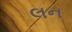
લન